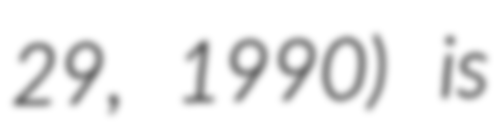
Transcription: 29, 1990) is